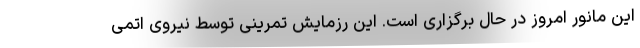
این مانور امروز در حال برگزاری است. این رزمایش تمرینی توسط نیروی اتمی